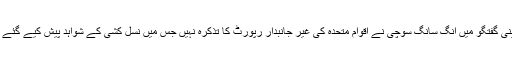
تاہم اپنی گفتگو میں آنگ سانگ سوچی نے اقوام متحدہ کی غیر جانبدار رپورٹ کا تذکرہ نہیں جس میں نسل کشی کے شواہد پیش کیے گئے تھے۔